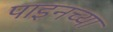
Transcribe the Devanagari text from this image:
पाइनच्या